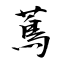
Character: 蔦